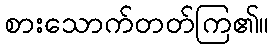
စားသောက်တတ်ကြ၏။